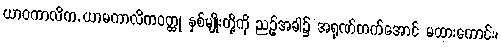
ယာဝကာလိက, ယာမကာလိကဝတ္ထု နှစ်မျိုးတို့ကို ညဉ့်အခါ၌ အရုဏ်တက်အောင် မထားကောင်း၊